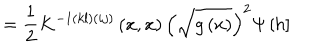
= \frac 1 2 K ^ { - 1 \left( k l \right) \left( i j \right) } \left( x , x \right) \left( \sqrt { g \left( x \right) } \right) ^ { 2 } \Psi \left[ h \right]